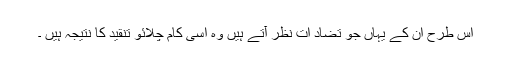
اس طرح ان كے یہاں جو تضاد ات نظر آتے ہیں وہ اسی كام چلائو تنقید كا نتیجہ ہیں ۔